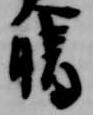
晴